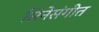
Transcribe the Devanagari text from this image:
सिनेसंगीत